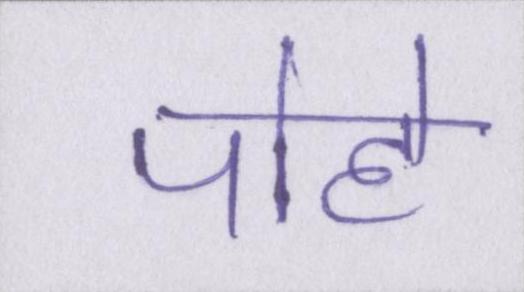
पोहे